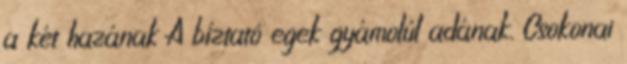
a két hazának A bíztató egek gyámolúl adának. Csokonai